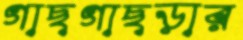
গাছগাছড়ার